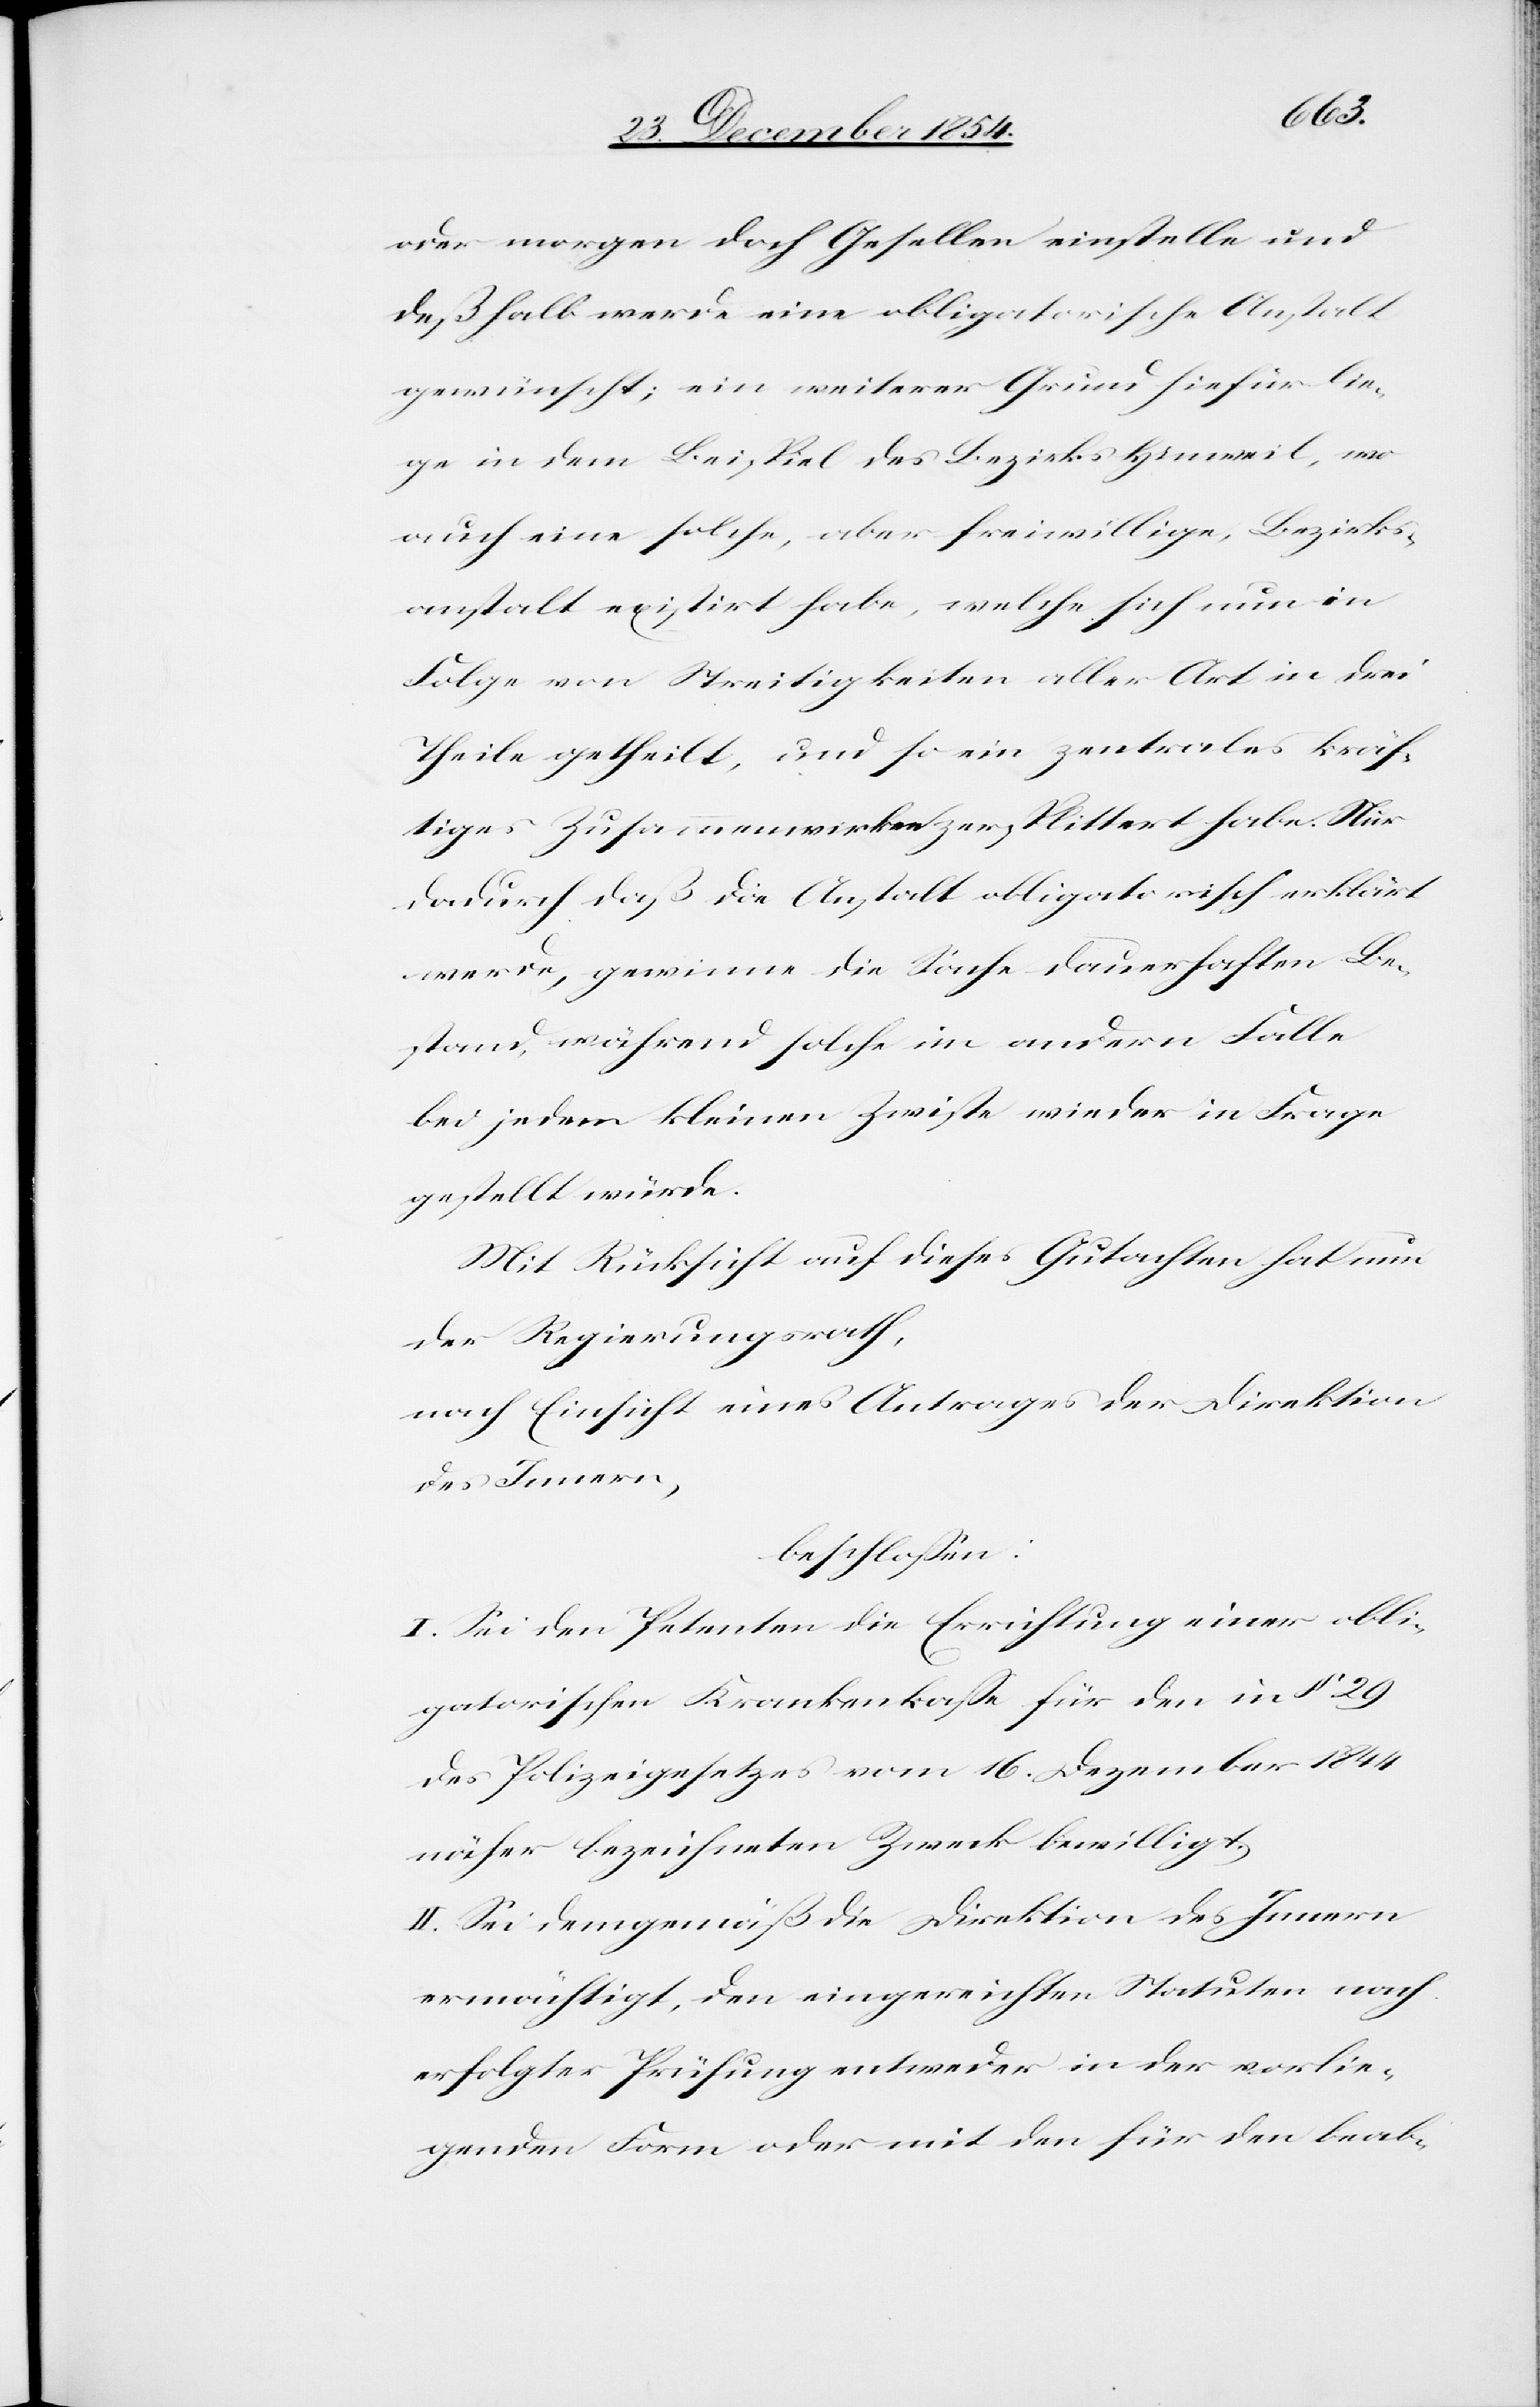
oder morgen doch Gesellen einstelle und
deßhalb werde eine obligatorische Anstalt
gewünscht; ein weiterer Grund hiefür lie¬
ge in dem Beispiel des Bezirks Hinweil, wo
auch eine solche, aber freiwillige, Bezirks¬
anstalt existirt habe, welche sich nun in
Folge von Streitigkeiten aller Art in drei
Theile getheilt, und so ein zentrales kräf¬
tiges Zusammenwirken zersplittert habe. Nur
dadurch daß die Anstalt obligatorisch erklärt
werde, gewinne die Sache dauerhaften Be¬
stand, während solche im andern Falle
bei jedem kleinen Zwiste wieder in Frage
gestellt würde.
Mit Rücksicht auf dieses Gutachten hat nun
der Regierungsrath,
nach Einsicht eines Antrages der Direktion
des Innern,
beschloßen:
I. Sei den Petenten die Errichtung einer obli¬
gatorischen Krankenkaße für den in § 29
des Polizeigesetzes vom 16. Dezember 1844
näher bezeichneten Zweck bewilligt.
II. Sei demgemäß die Direktion des Innern
ermächtigt, den eingereichten Statuten nach
erfolgter Prüfung entweder in der vorlie¬
genden Form oder mit den für den beab-